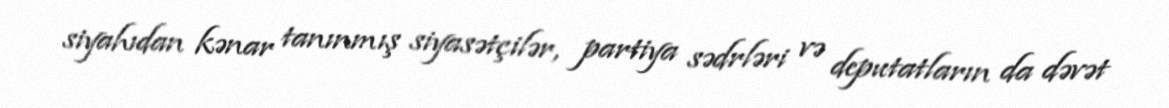
siyahıdan kənar tanınmış siyasətçilər, partiya sədrləri və deputatların da dəvət